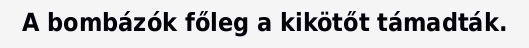
A bombázók főleg a kikötőt támadták.